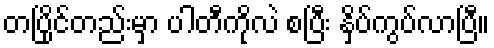
တပြိုင်တည်းမှာ ပါတီကိုလဲ စပြီး နှိပ်ကွပ်လာပြီ။